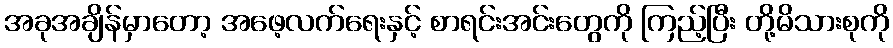
အခုအချိန်မှာတော့ အဖေ့လက်ရေးနှင့် စာရင်းအင်းတွေကို ကြည့်ပြီး တို့မိသားစုကို